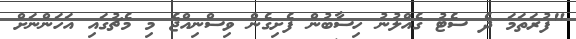
"ފުރަތަމަ ދެ ސެޓު ގެއްލުނު ހިސާބުން ފެށިގެން ވިސްނިއްޖެ މި މެޗުގައި އަހަންނަށް